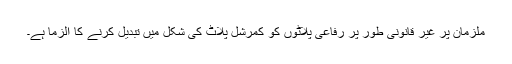
ملزمان پر غیر قانونی طور پر رفاعی پلاٹوں کو کمرشل پلاٹ کی شکل میں تبدیل کرنے کا الزما ہے۔